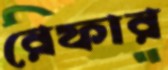
রেফার